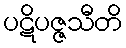
ပဋိပဇ္ဇသီတိ